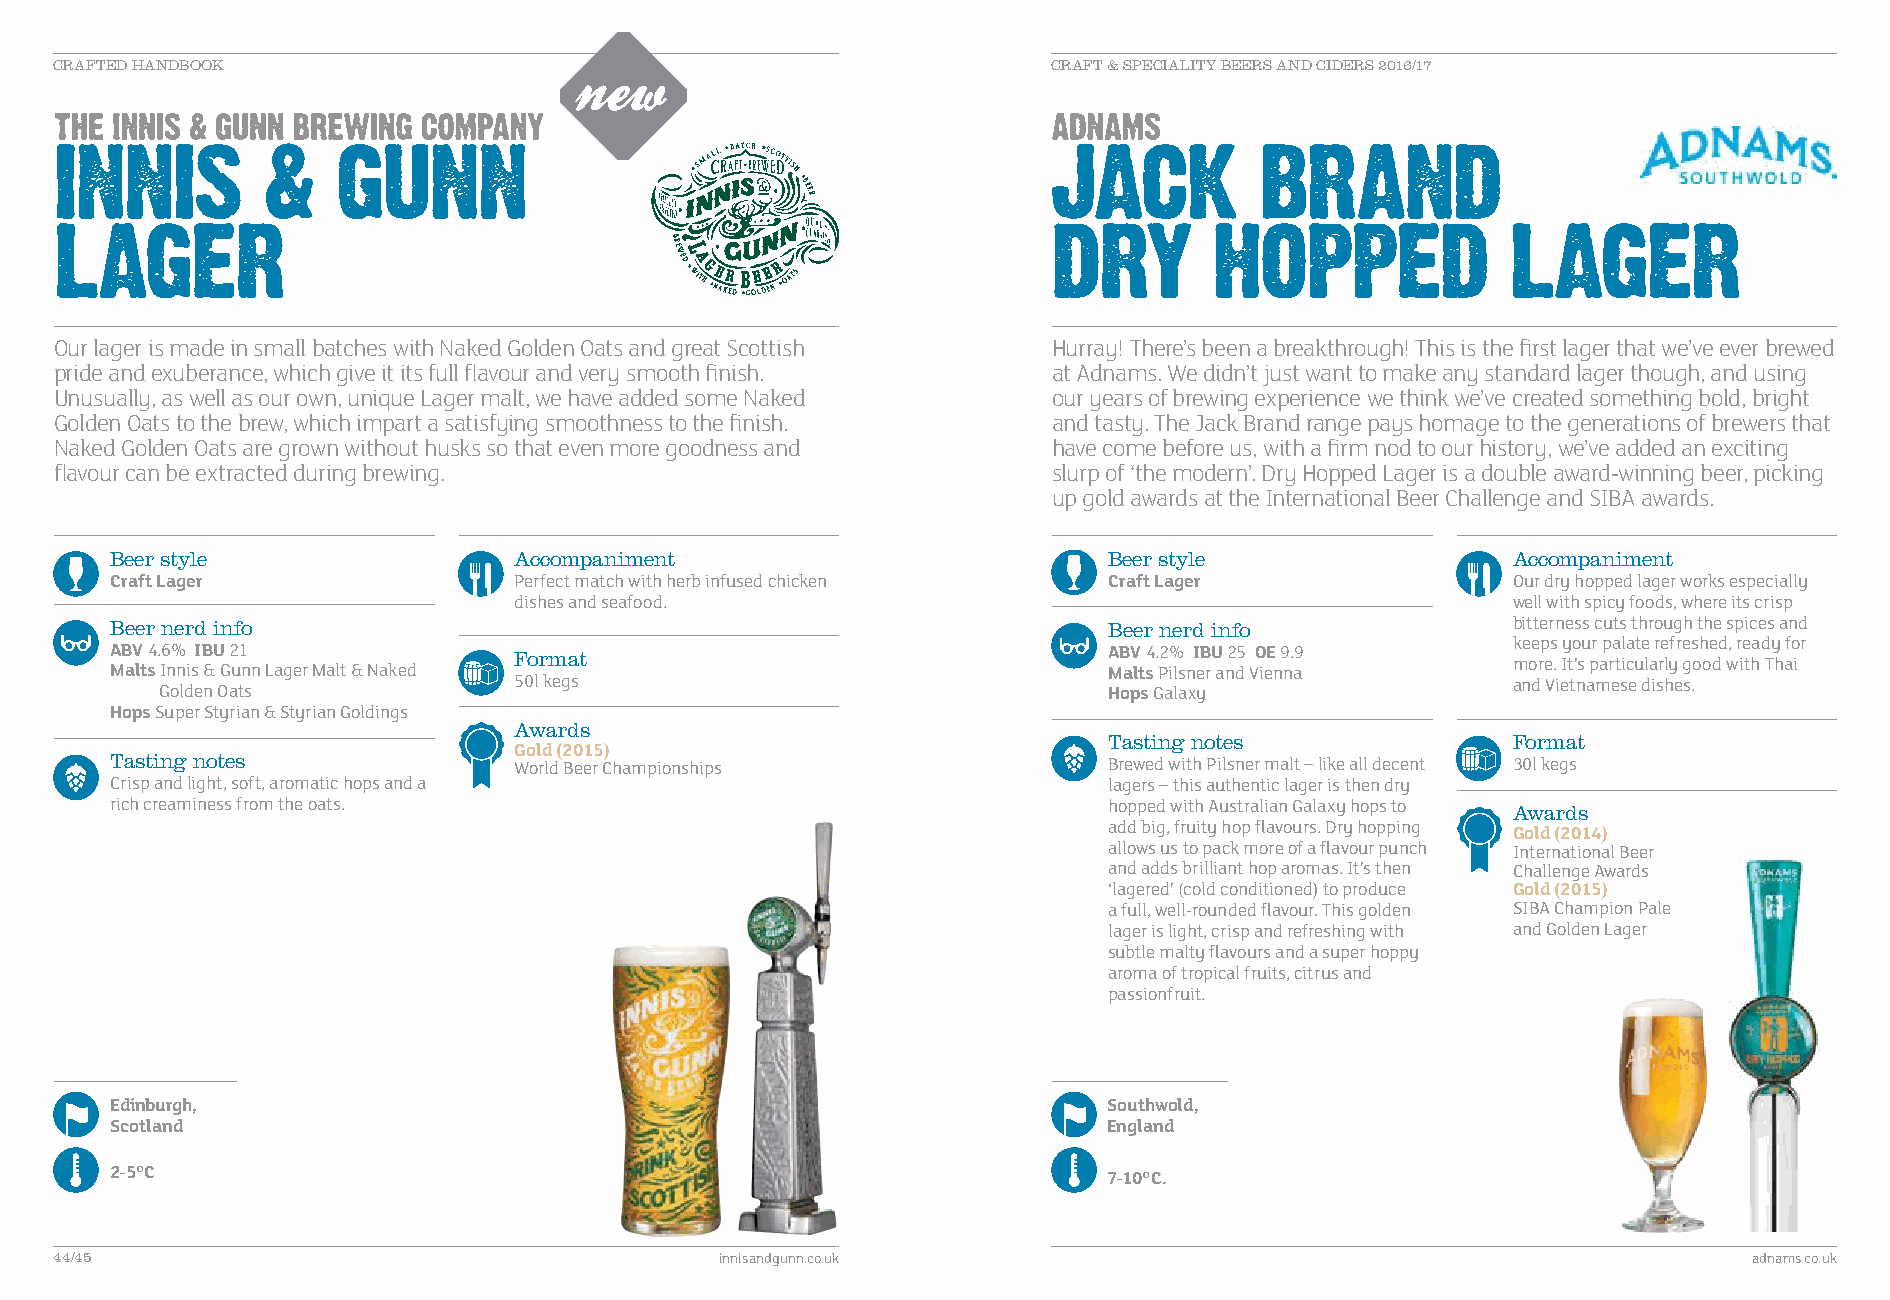
CRAFTED HANDBOOK                                                  CRAFT & SPECIALITY BEERS AND CIDERS 2016/17
 Our lager is made in small batches with Naked Golden Oats and great Scottish Hurray! There’s been a breakthrough! This is the first lager that we’ve ever brewed
 pride and exuberance, which give it its full flavour and very smooth finish. at Adnams. We didn’t just want to make any standard lager though, and using
 Unusually, as well as our own, unique Lager malt, we have added some Naked our years of brewing experience we think we’ve created something bold, bright
 Golden Oats to the brew, which impart a satisfying smoothness to the finish. and tasty. The Jack Brand range pays homage to the generations of brewers that
 Naked Golden Oats are grown without husks so that even more goodness and have come before us, with a firm nod to our history, we’ve added an exciting
 flavour can be extracted during brewing.                          slurp of ‘the modern’. Dry Hopped Lager is a double award-winning beer, picking
 up gold awards at the International Beer Challenge and SIBA awards.
 Beer style                 Accompaniment                          Beer style                 Accompaniment
 Craft Lager                Perfect match with herb infused chicken Craft Lager               Our dry hopped lager works especially
 dishes and seafood.                                               well with spicy foods, where its crisp
 Beer nerd info                                                    Beer nerd info             bitterness cuts through the spices and
 keeps your palate refreshed, ready for
 ABV 4.6% IBU 21            Format                                 ABV 4.2% IBU 25 OE 9.9
 more. It’s particularly good with Thai
 Malts Innis & Gunn Lager Malt & Naked                             Malts Pilsner and Vienna
 50l kegs                                                          and Vietnamese dishes.
 Golden Oats                                                   Hops Galaxy
 Hops Super Styrian & Styrian Goldings
 Awards
 Tasting notes              Format
 Gold (2015)
 Tasting notes
 World Beer Championships               Brewed with Pilsner malt – like all decent 30l kegs
 Crisp and light, soft, aromatic hops and a                        lagers – this authentic lager is then dry
 rich creaminess from the oats.                                    hopped with Australian Galaxy hops to Awards
 add big, fruity hop flavours. Dry hopping
 Gold (2014)
 allows us to pack more of a flavour punch International Beer
 and adds brilliant hop aromas. It’s then Challenge Awards
 ‘lagered’ (cold conditioned) to produce Gold (2015)
 a full, well-rounded flavour. This golden SIBA Champion Pale
 lager is light, crisp and refreshing with and Golden Lager
 subtle malty flavours and a super hoppy
 aroma of tropical fruits, citrus and
 passionfruit.
 E dinburgh,                                                       S outhwold,
 Scotland                                                          England
 2-5°C
 7-10°C.
 44/45                                       innisandgunn.co.uk                                                  adnams.co.uk